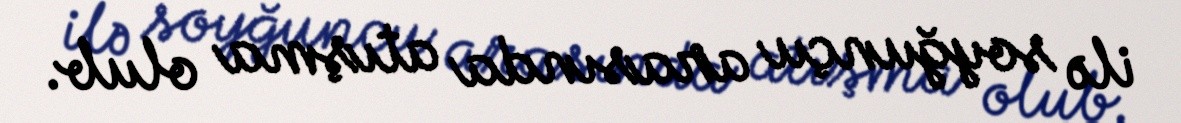
ilə soyğunçu arasında atışma olub.